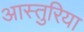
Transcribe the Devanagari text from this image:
आस्तुरिया